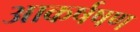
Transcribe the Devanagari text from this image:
आकर्षषण